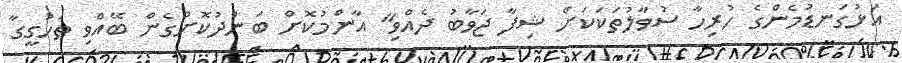
އަޅުގަނޑުމެންގެ ހުރިހާ ސުވާލުތަކަކަށް ޝިފާ ޖަވާބު ދެއްވި" އާންމުކޮށް ބަންދުކޮށްގެން ބޭއްވި ތަހުގީގާ